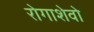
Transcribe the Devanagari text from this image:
रोगाशेवो